Report of the Municipal Commissioner on the plague in Bombay for the year ending 31st May... - Volume 3
Disease focus: Plague
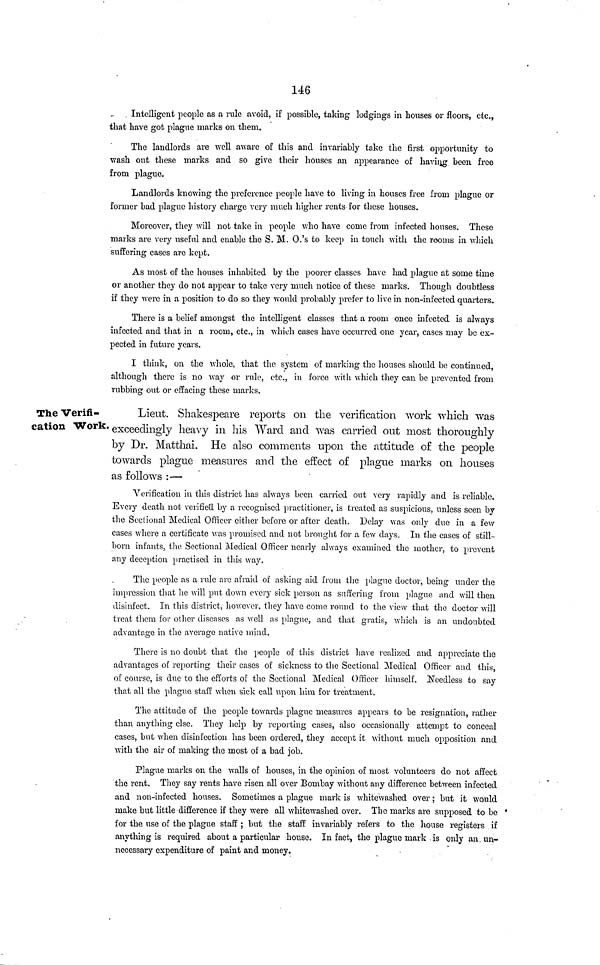
146
Intelligent people as a rule avoid, if possible, taking lodgings in houses or floors, etc.,
that have got plague marks on them.
The landlords are well aware of this and invariably take the first opportunity to
wash out these marks and so give their houses an appearance of having been free
from plague.
Landlords knowing the preference people have to living in houses free from plague or
former bad plague history charge very much higher rents for these houses.
Moreover, they will not take in people who have come from infected houses. These
marks are very useful and enable the S. M. O.'s to keep in touch with the rooms in which
suffering cases are kept.
As most of the houses inhabited by the poorer classes have had plague at some time
or another they do not appear to take very much notice of these marks. Though doubtless
if they were in a position to do so they would probably prefer to live in non-infected quarters.
There is a belief amongst the intelligent classes that a room once infected is always
infected and that in a room, etc., in which cases have occurred one year, cases may be ex-
pected in future years.
I think, on the whole, that the system of marking the houses should be continued,
although there is no way or rule, etc., in force with which they can be prevented from
rubbing out or effacing these marks.
The Verifi-
cation Work.
Lieut. Shakespeare reports on the verification, work which was
exceedingly heavy in his Ward and was carried out most thoroughly
by Dr. Matthai. He also comments upon the attitude o£ the people
towards plague measures and the effect of plague marks on houses
as follows : —
Verification in this district has always been carried out very rapidly and is reliable.
Every death not verified by a recognised practitioner, is treated as suspicious, unless seen by
the Sectional Medical Officer either before or after death. Delay was only due in a few
cases where a certificate was promised and not brought for a few days. In the cases of still-
born infants, the Sectional Medical Officer nearly always examined the mother, to prevent
any deception practised in this way.
The people as a rule are afraid of asking aid from the plague doctor, being under the
impression that he will put down every sick person as suffering from plague and Avili then
disinfect. In this district, however, they have come round to the view that the doctor will
treat them for other diseases as well as plague, and that gratis, which is an undoubted
advantage in the average native mind.
There is no doubt that the people of this district have realized and appreciate the
advantages of reporting their cases of sickness to the Sectional Medical Officer and this,
of course, is due to the efforts of the Sectional Medical Officer himself. Needless to say
that all the plague staff when sick call upon him for treatment.
The attitude of the people towards plague measures appears to be resignation, rather
than anything else. They help by reporting cases, also occasionally attempt to conceal
cases, but when disinfection has been ordered, they accept it without much opposition and
with the air of making the most of a bad job.
Plague marks on the walls of houses, in the opinion of most volunteers do not affect
the rent. They say rents have risen all over Bombay without any difference between infected
and non-infected houses. Sometimes a plague mark is whitewashed over ; but it would
make but little difference if they were all whitewashed over. The marks are supposed to be '
for the use of the plague staff ; but the staff invariably refers to the house registers if
anything is required about a particular house. In fact, the plague mark is only an. un-
necessary expenditure of paint and money.